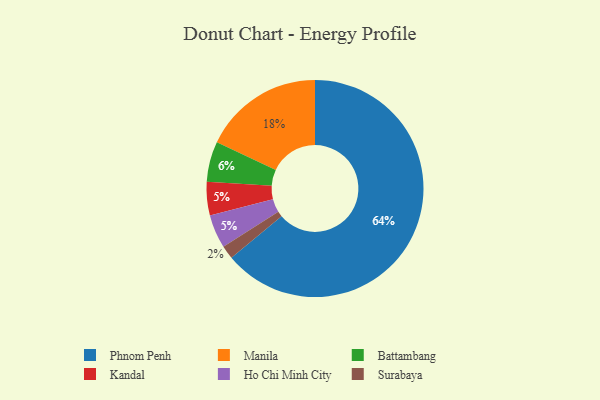
{"axis": {"x": "Category", "y": "Percentage"}, "legend": ["Battambang", "Ho Chi Minh City", "Kandal", "Manila", "Phnom Penh", "Surabaya"], "data": [{"x": "Kandal", "y": 5, "type": "Kandal"}, {"x": "Ho Chi Minh City", "y": 5, "type": "Ho Chi Minh City"}, {"x": "Battambang", "y": 6, "type": "Battambang"}, {"x": "Manila", "y": 18, "type": "Manila"}, {"x": "Surabaya", "y": 2, "type": "Surabaya"}, {"x": "Phnom Penh", "y": 64, "type": "Phnom Penh"}]}